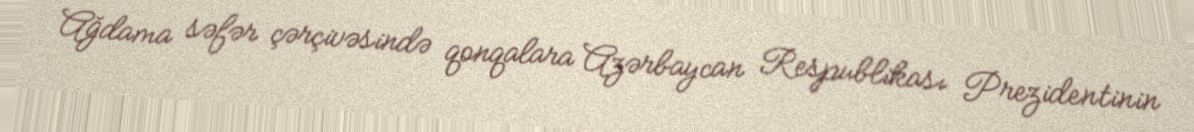
Ağdama səfər çərçivəsində qonqalara Azərbaycan Respublikası Prezidentinin